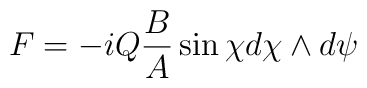
F = - iQ \frac{B}{A} \sin \chi d \chi \wedge d\psi